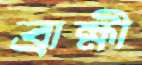
ব্রাহ্মী